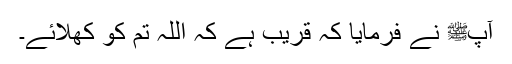
آپﷺ نے فرمایا کہ قریب ہے کہ اللہ تم کو کھلائے۔